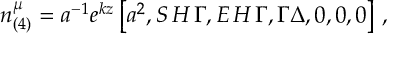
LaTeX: n _ { ( 4 ) } ^ { \mu } = a ^ { - 1 } e ^ { k z } \left[ a ^ { 2 } , S \, H \, { \Gamma } , E \, H \, { \Gamma } , \Gamma \Delta , 0 , 0 , 0 \right] \, ,